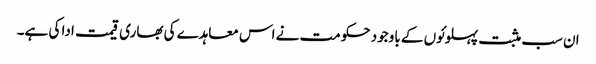
ان سب مثبت پہلوئوں کے باوجود حکومت نے اس معاہدے کی بھاری قیمت ادا کی ہے۔